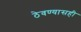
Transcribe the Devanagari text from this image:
ठेवण्यासही